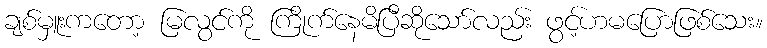
ချစ်မှူးကတော့ မြလွင်ကို ကြိုက်နေမိပြီဆိုသော်လည်း ဖွင့်ဟမပြောဖြစ်သေး။